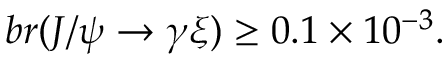
b r ( J / \psi \rightarrow \gamma \xi ) \geq 0 . 1 \times 1 0 ^ { - 3 } .